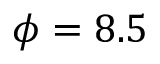
\phi = 8 . 5